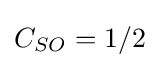
{\textstyle C_{SO}=1/2}